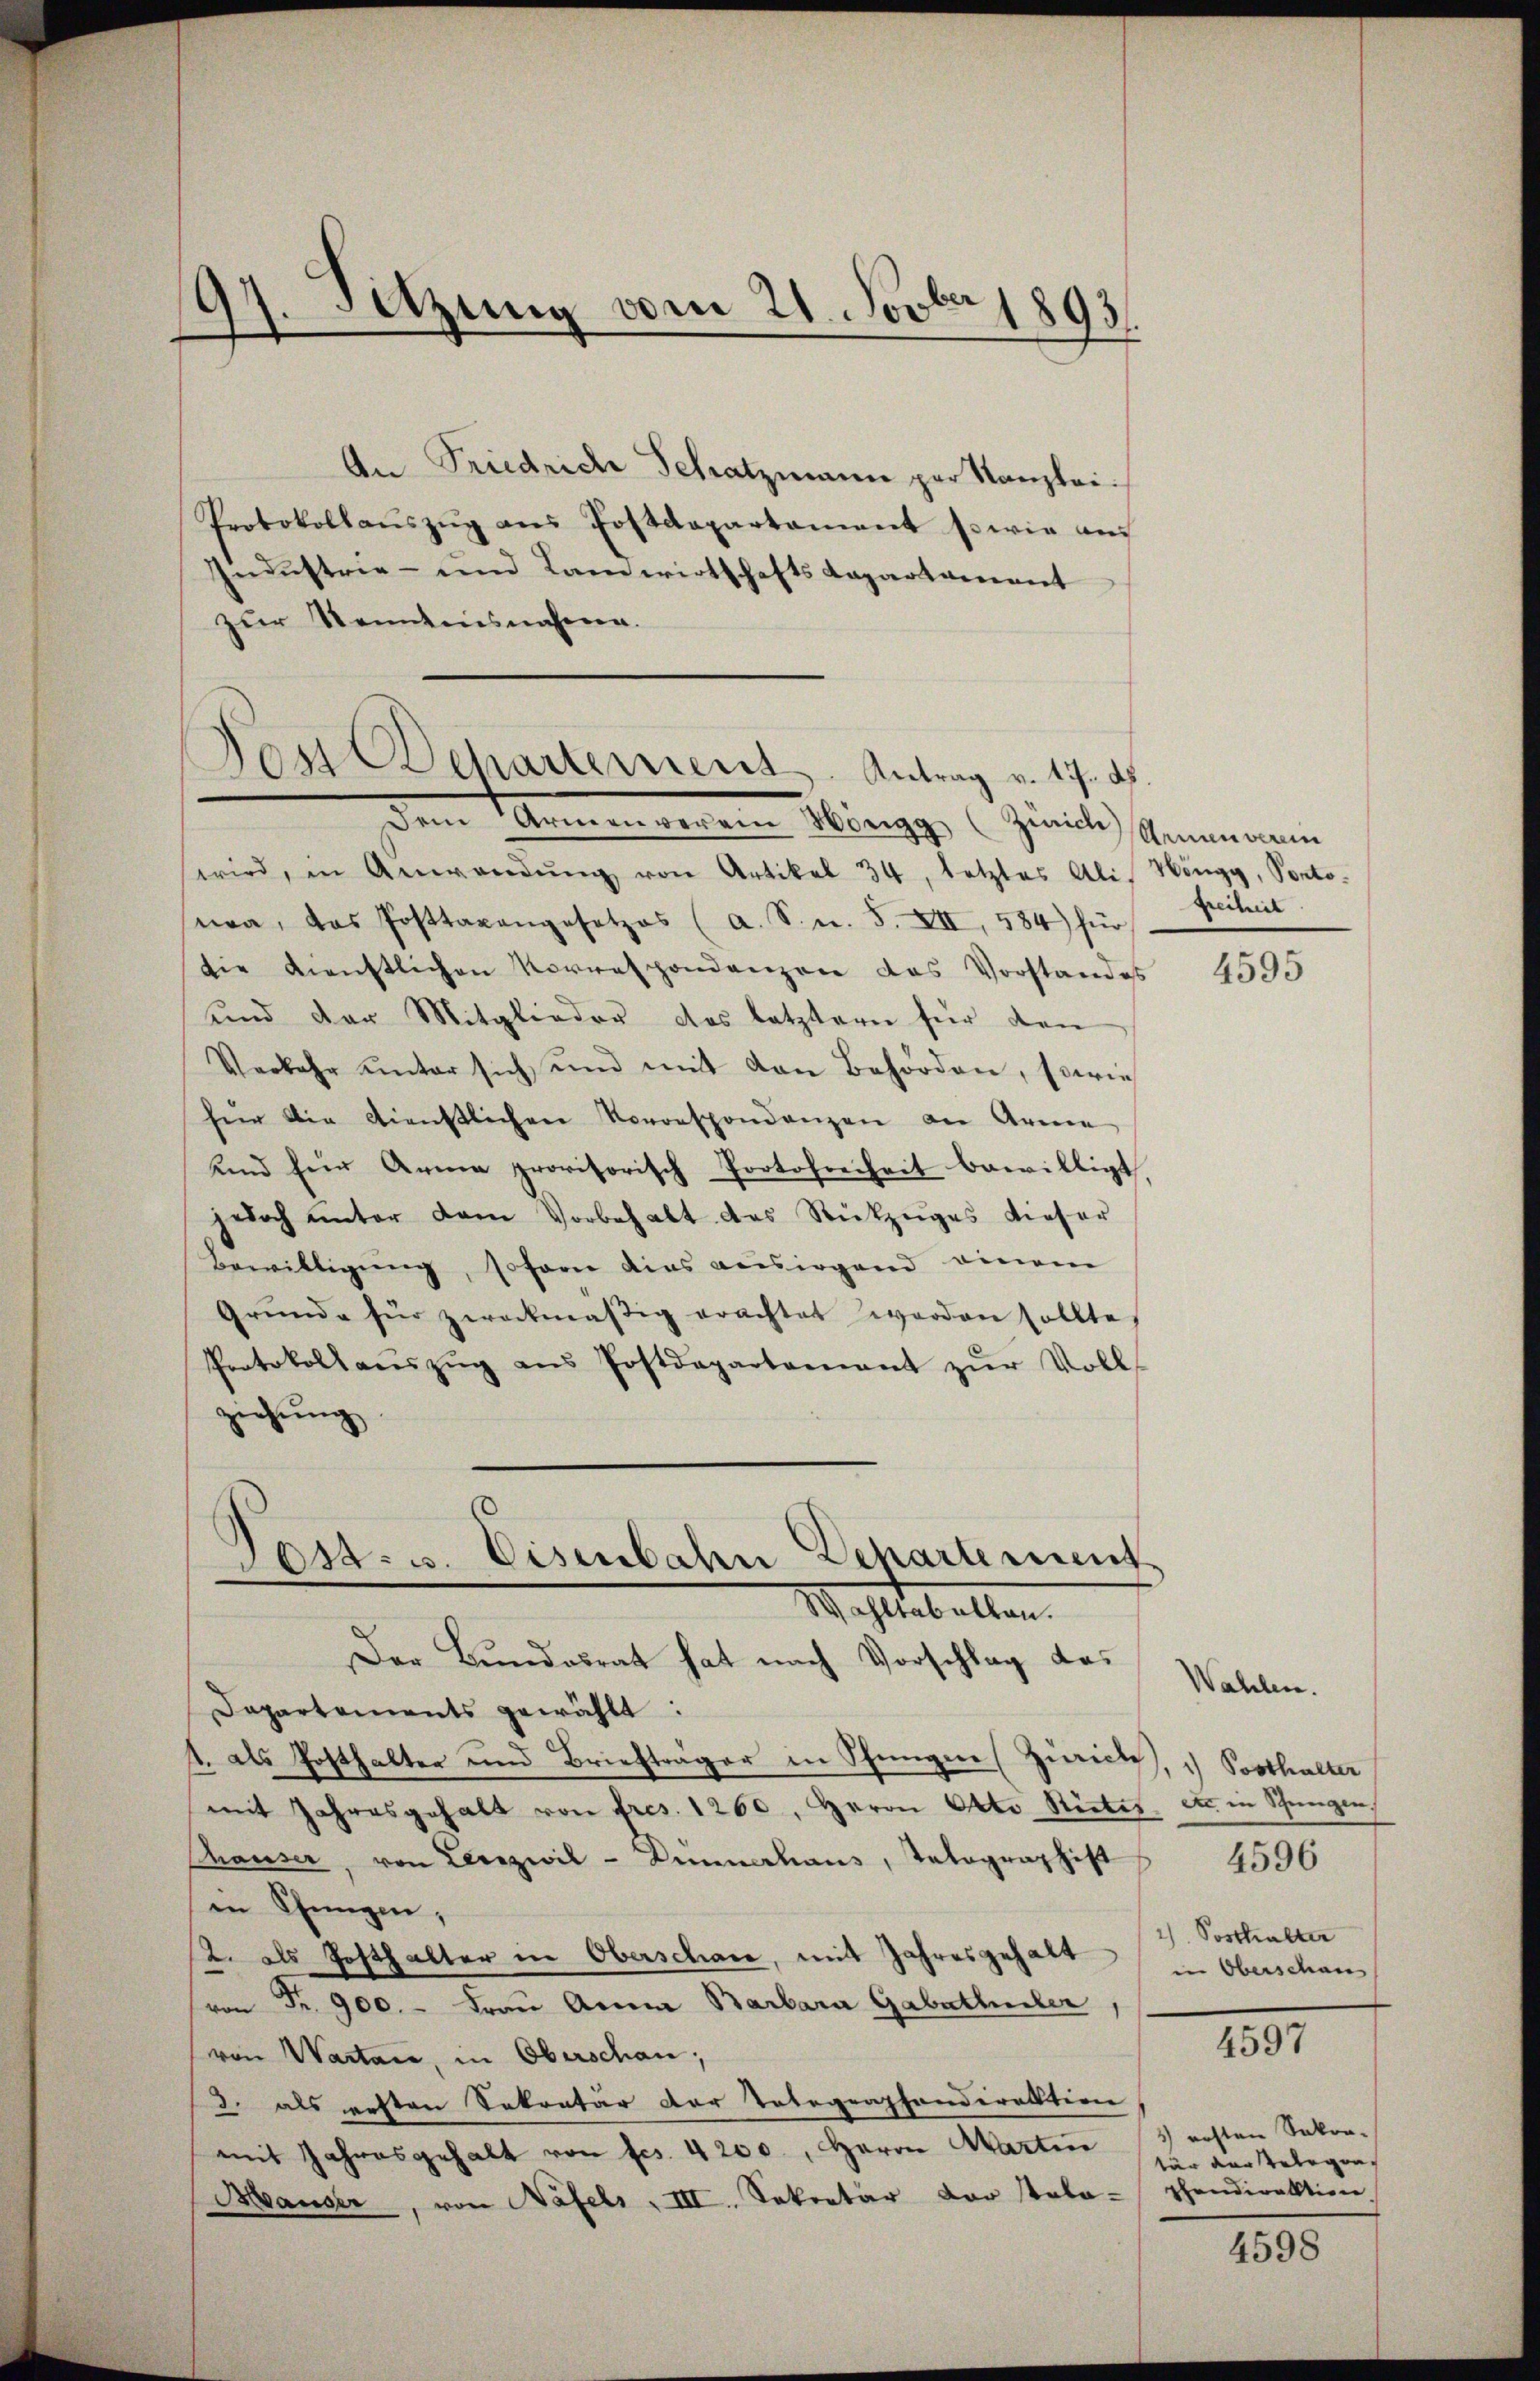
47. Setzung vom 21. Novber 1893.

An Friedriche Schatzmann per Kanzlei-
Protokollaŭszŭg ans Postdepartament sowie auf
Industrie- und Landwirtschafts Capartament
zur Kenntnisnahme.
Jost Departement. Antrag v. 17. ds.

dem Ammannen Höngg (Zürich Genann
wird, in Anwendŭng von Artikel 34, letztes Ali Höngg, Ponto-
na, das Posttaxangesetzes (a. S. u. S. XII, 584) für
die Dienstlichen Vorrespondenzen das Vorstandes
und der Mitglieder das letztern für den
Verkehr ŭnter sich und mit den Behörden, sowie
für die dienstlichen Vorrespondenzen an Arme
und für Arme provisorisch Portofreiheit bewilligt,
jedoch ŭnter dem Vorbehalt des Rückzŭges dieser
Bewilligung, sofern dies voisirgend einem
Grŭnde für zweckmäβig erachtet worden sollte,
Protokoll aŭszŭg ans Postdepartement zŭr Voll
ziehung
Post- u. Eisenbahn Departement
n
Wahltabellen.
Der Bundesrat hat nach Vorschlag das
Dapartements gewählt:
1. als Posthalter und Briefträger in Pfungen (Zürich, 1 Posthalter
mit Jahresgehalt von fres. 1260, Herrn Otto Stickes. etc. in Schungen
Thauser, von Lerizivil - Dinnerhaus, Tetographist
in Chungen,
2. als Posthalter in Oberschade, mit Jahresgehalt
von Fr. 900.- Frau Anna Barbara Gabetheiler
von Wartare, in Oberschan;
d. als ersten Sekretär der Tobegraphanderation
mit Jahresgehalt von fes. 4200., Herrn Martin
Mauser, von Näfels III. Sekretär der Staba-Thondirektion

Freiheit

4595

Wahlen.
4596
1) Posthalter
in Oberschaus

4597

5) ersten Sokra-
tär der Gelegen

4598